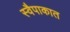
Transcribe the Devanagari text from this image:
स्वैपाकात